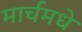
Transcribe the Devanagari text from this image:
मार्चमधे